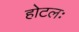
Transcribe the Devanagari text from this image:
होटलः